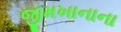
જીમખાનાના